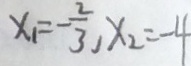
x _ { 1 } = - \frac { 2 } { 3 } , x _ { 2 } = - 4